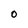
Character: 0